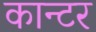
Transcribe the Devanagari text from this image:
कान्टर